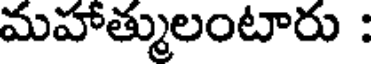
మహాత్ములంటారు :